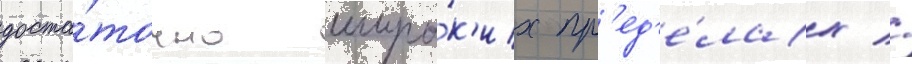
доста́точно широ́к'их пр'ед'е́лах //